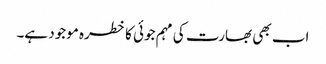
اب بھی بھارت کی مہم جوئی کا خطرہ موجود ہے۔